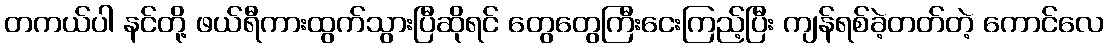
တကယ်ပါ နင်တို့ ဖယ်ရီကားထွက်သွားပြီဆိုရင် တွေတွေကြီးငေးကြည့်ပြီး ကျန်ရစ်ခဲ့တတ်တဲ့ ကောင်လေ